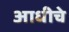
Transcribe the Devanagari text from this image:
अाधीचे